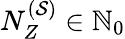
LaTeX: N_{Z}^{(\mathcal{S})}\in{\mathbb{N}}_{0}